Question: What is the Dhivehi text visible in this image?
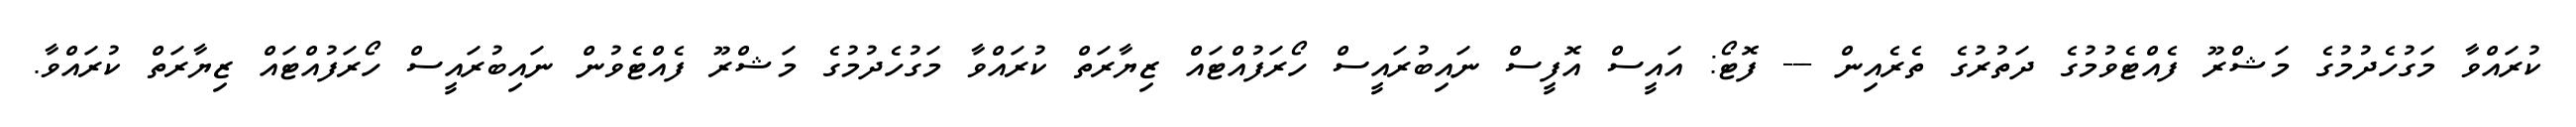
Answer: ކުރައްވާ މަގުހެދުމުގެ މަޝްރޫ ފެއްޓެވުމުގެ ދަތުރުގެ ތެރެއިން --- ފޮޓޯ: އައީސް އޮފީސް ނައިބުރައީސް ހޯރަފުއްޓައް ޒިޔާރަތް ކުރައްވާ މަގުހެދުމުގެ މަޝްރޫ ފެއްޓެވުން ނައިބުރައީސް ހޯރަފުއްޓައް ޒިޔާރަތް ކުރައްވާ.